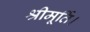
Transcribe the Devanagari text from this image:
श्रीमूर्ति।